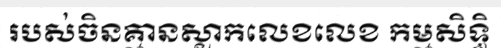
របស់ចិនគ្មានស្លាកលេខលេខ កម្មសិទ្ធិ